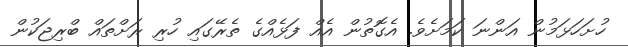
ހުށަހަޅަމުން އަންނަ ކަމަށެވެ. އެގޮތުން އެއް ފަޅެއްގެ ތެރޭގައި ހުރި ރަށްތައް ބްރިޖަކުން